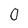
Character: 0